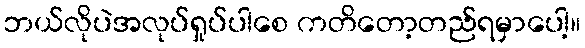
ဘယ်လိုပဲအလုပ်ရှုပ်ပါစေ ကတိတော့တည်ရမှာပေါ့။